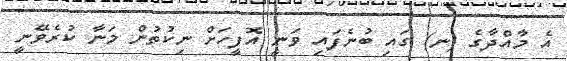
އެ މާއްދާގެ (ނ) ގައި ބުނެފައި ވަނީ އޮފީހަށް ނިކުތުން މަނާ ކުރެވޭނީ